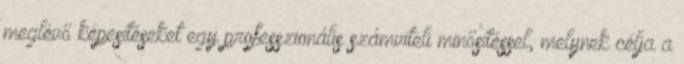
meglévő képesítéseket egy professzionális számviteli minősítéssel, melynek célja a